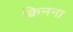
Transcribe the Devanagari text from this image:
क्विनना